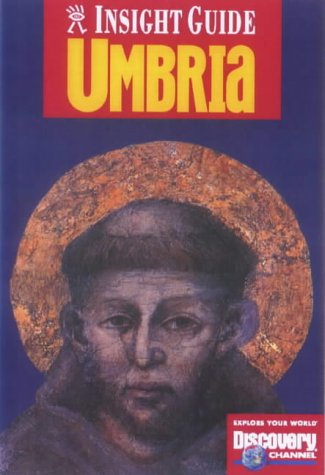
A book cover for Umbria Insight Guide (Insight Guides); Travel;